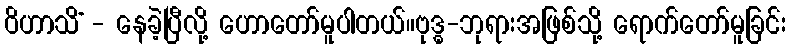
ဝိဟာသိံ - နေခဲ့ပြီလို့ ဟောတော်မူပါတယ်။ဗုဒ္ဓ-ဘုရားအဖြစ်သို့ ရောက်တော်မူခြင်း